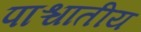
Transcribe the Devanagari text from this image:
पाश्चातीय